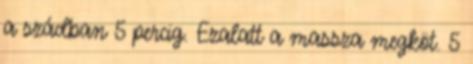
a szádban 5 percig. Ezalatt a massza megköt. 5